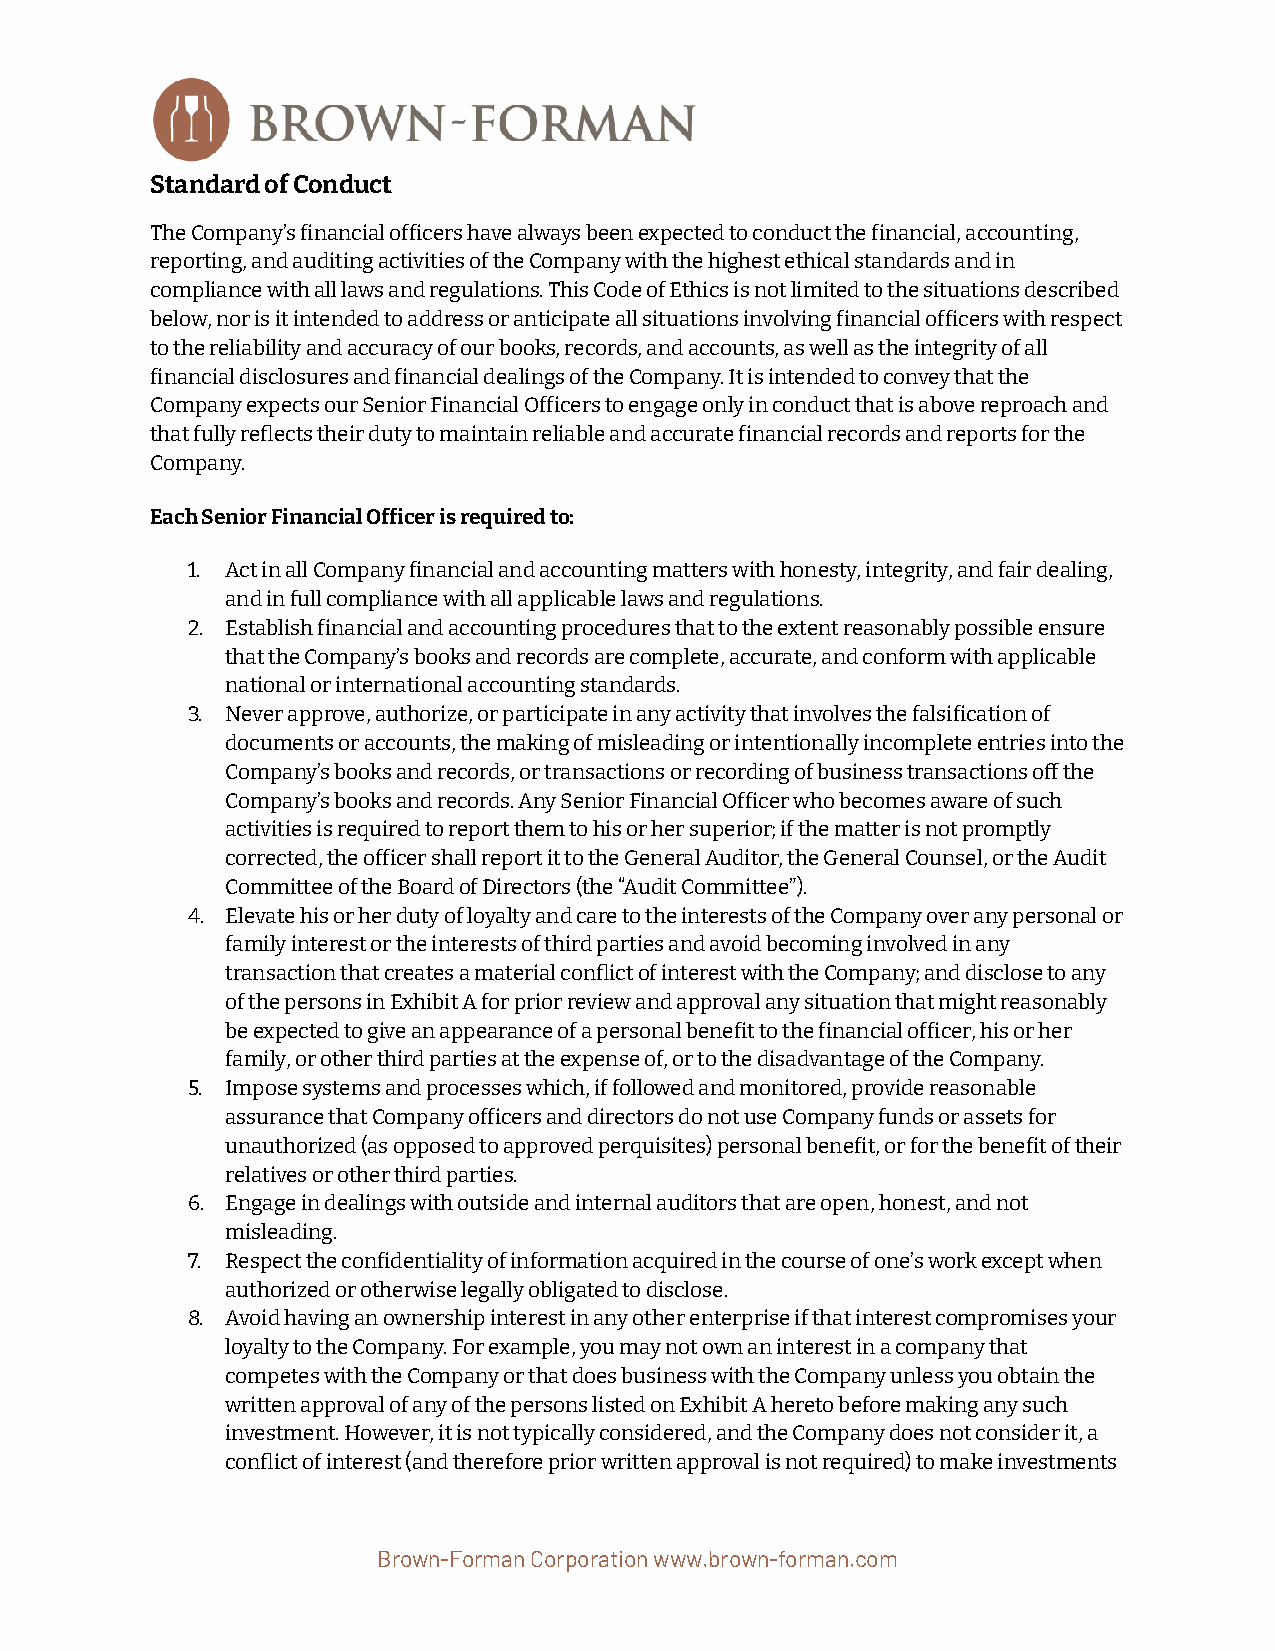
Standard of Conduct
 The Company’s inancial oficers have always beenexpected to conduct the inancial, accounting,
 reporting, and auditing activities of the Companywith the highest ethical standards and in
 compliance with all laws and regulations. This Codeof Ethics is not limited to the situations described
 below, nor is it intended to address or anticipateall situations involving inancial oficers withrespect
 to the reliability and accuracy of our books, records,and accounts, as well as the integrity of all
 inancial disclosures and inancial dealings of theCompany. It is intended to convey that the
 Company expects our Senior Financial Oficers to engageonly in conduct that is above reproach and
 that fully reflects their duty to maintain reliableand accurate inancial records and reports for the
 Company.
 Each Senior Financial Oficer is required to:
 1. Act in all Company inancial and accounting matterswith honesty, integrity, and fair dealing,
 and in full compliance with all applicable laws andregulations.
 2. Establish inancial and accounting procedures thatto the extent reasonably possible ensure
 that the Company’s books and records are complete,accurate, and conform with applicable
 national or international accounting standards.
 3. Never approve, authorize, or participate in any activitythat involves the falsiication of
 documents or accounts, the making of misleading orintentionally incomplete entries into the
 Company’s books and records, or transactions or recordingof business transactions o the
 Company’s books and records. Any Senior FinancialOficer who becomes aware of such
 activities is required to report them to his or hersuperior; if the matter is not promptly
 corrected, the oficer shall report it to the GeneralAuditor, the General Counsel, or the Audit
 Committee of the Board of Directors (the “Audit Committee”).
 4. Elevate his or her duty of loyalty and care to theinterests of the Company over any personal or
 family interest or the interests of third partiesand avoid becoming involved in any
 transaction that creates a material conflict of interestwith the Company; and disclose to any
 of the persons in Exhibit A for prior review and approvalany situation that might reasonably
 be expected to give an appearance of a personal beneitto the inancial oficer, his or her
 family, or other third parties at the expense of,or to the disadvantage of the Company.
 5. Impose systems and processes which, if followed andmonitored, provide reasonable
 assurance that Company oficers and directors do notuse Company funds or assets for
 unauthorized (as opposed to approved perquisites)personal beneit, or for the beneit of their
 relatives or other third parties.
 6. Engage in dealings with outside and internal auditorsthat are open, honest, and not
 misleading.
 7. Respect the conidentiality of information acquiredin the course of one’s work except when
 authorized or otherwise legally obligated to disclose.
 8. Avoid having an ownership interest in any other enterpriseif that interest compromises your
 loyalty to the Company. For example, you may not ownan interest in a company that
 competes with the Company or that does business withthe Company unless you obtain the
 written approval of any of the persons listed on ExhibitA hereto before making any such
 investment. However, it is not typically considered,and the Company does not consider it, a
 conflict of interest (and therefore prior writtenapproval is not required) to make investments
 Brown-Forman Corporation www.brown-forman.com